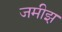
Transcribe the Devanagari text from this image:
जमीझ